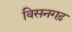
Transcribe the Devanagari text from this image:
विसनगढ़